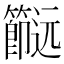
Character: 𨙌